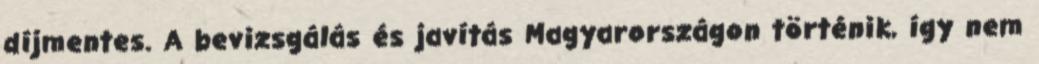
díjmentes. A bevizsgálás és javítás Magyarországon történik, így nem